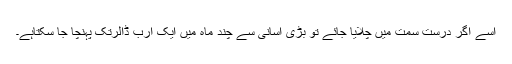
اسے اگر درست سمت میں چلایا جائے تو بڑی آسانی سے چند ماہ میں ایک ارب ڈالرتک پہنچا جا سکتاہے۔